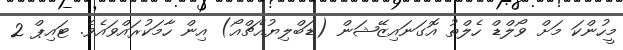
މީހުންކަ މަށް ވޯލްޑް ހެލްތު އޮގަނައިޒޭޝަން (ޑަބްލިޔުއެޗްއޯ) އިން ހާމަކުރައްވައެވެ. ޓައިޕް 2